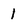
Character: 1